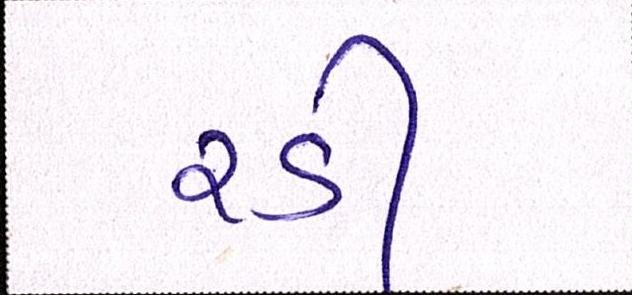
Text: રડી